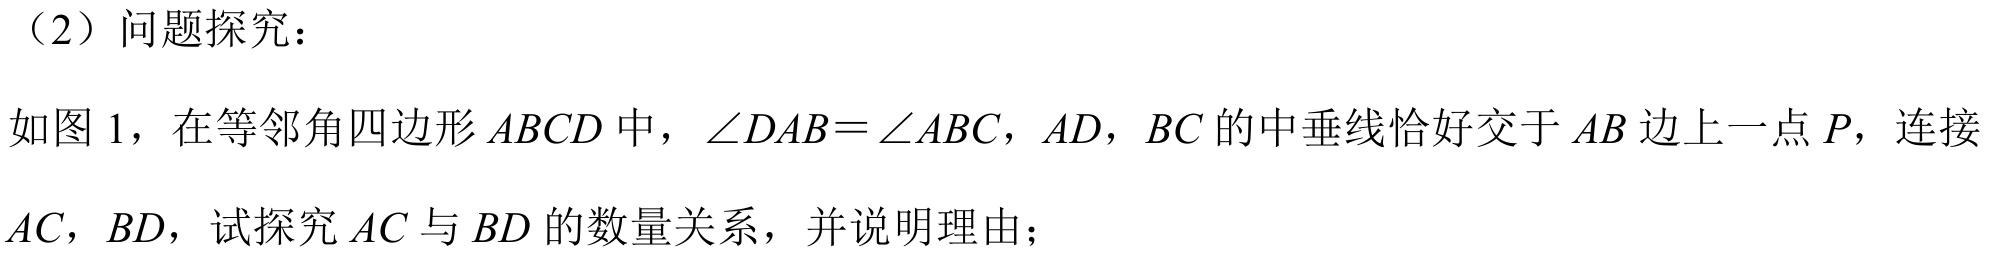
（2）问题探究：

如图 1，在等邻角四边形 \(ABCD\) 中，\(\angle DAB = \angle ABC\)，\(AD\)，\(BC\) 的中垂线恰好交于 \(AB\) 边上一点 \(P\)，连接 \(AC\)，\(BD\)，试探究 \(AC\) 与 \(BD\) 的数量关系，并说明理由；